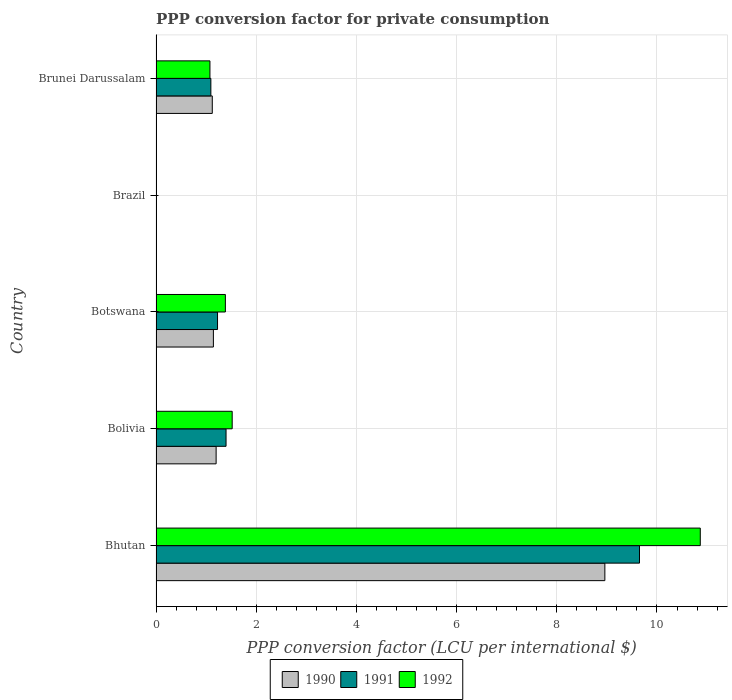
| Country | 1990 | 1991 | 1992 |
 | --- | --- | --- | --- |
 | Bhutan | 8.96 | 9.65 | 10.9 |
 | Bolivia | 1.2 | 1.4 | 1.52 |
 | Botswana | 1.15 | 1.23 | 1.38 |
 | Brazil | 2.39e-05 | 0.000122 | 0.00125 |
 | Brunei Darussalam | 1.12 | 1.09 | 1.08 |